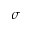
\sigma